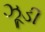
ઝૂડી